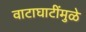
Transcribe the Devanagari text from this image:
वाटाघाटींमुळे